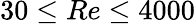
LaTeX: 30\leq Re\leq 4000